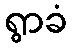
ရွာခံ